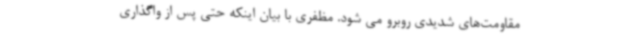
مقاومت‌های شدیدی روبرو می شود. مظفری با بیان اینکه حتی پس از واگذاری